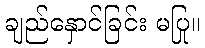
ချည်နှောင်ခြင်း မပြု။